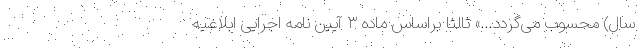
سال) محسوب می‌گردد…» ثالثاً براساس ماده ۳ آیین نامه اجرایی ابلاغیه